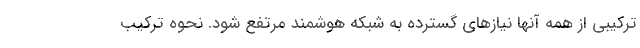
ترکیبی از همه آنها نیازهای گسترده به شبکه هوشمند مرتفع شود. نحوه ترکیب